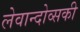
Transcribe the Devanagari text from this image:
लेवान्दोव्सकी